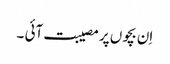
اِن بچوں پر مصیبت آئی ۔